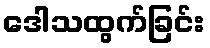
ဒေါသထွက်ခြင်း